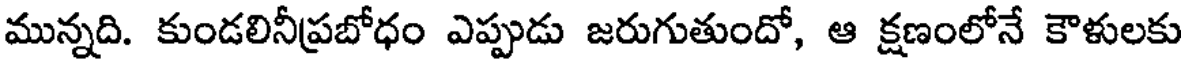
మున్నది. కుండలినీప్రబోధం ఎప్పుడు జరుగుతుందో, ఆ క్షణంలోనే కౌళులకు